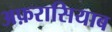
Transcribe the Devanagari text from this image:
अफ़रासियाब